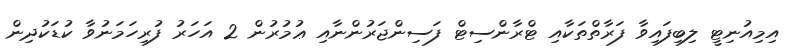
އިމިއުނިޓީ ލިބިފައިވާ ފަރާތްތަކާއި ޓްރާންސިޓް ފަސިންޖަރުންނާއި ޢުމުރުން 2 އަހަރު ފުރިހަމަނުވާ ކުޑަކުދިން